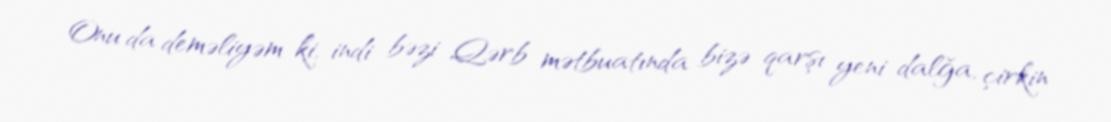
Onu da deməliyəm ki, indi bəzi Qərb mətbuatında bizə qarşı yeni dalğa, çirkin